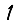
Digit: 1